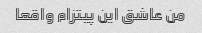
من عاشق این پیتزام واقعا